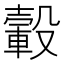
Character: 轂